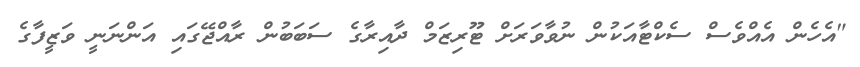
"އެހެން އެއްވެސް ސެކްޓާއަކުން ނުވާވަރަށް ޓޫރިޒަމް ދާއިރާގެ ސަބަބުން ރާއްޖޭގައި އަންނަނީ ވަޒީފާގެ